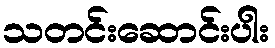
သတင်းဆောင်းပါး